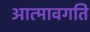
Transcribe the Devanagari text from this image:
आत्मावगति